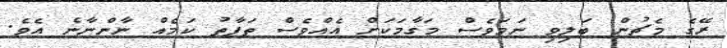
ރޭގެ މެޗުން ބަލިވި ނަމަވެސް މަގާމަކަށް އެއްވެސް ތަފާތު ކަމެއް ނާންނާނެ އެވެ.